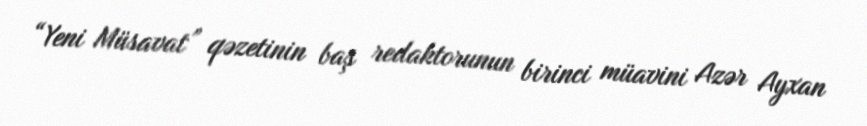
“Yeni Müsavat” qəzetinin baş redaktorunun birinci müavini Azər Ayxan